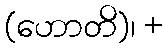
(ဟောတိ)၊ +